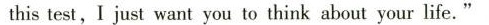
thistest,I just want you to think about your life."